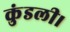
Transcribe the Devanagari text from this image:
कुंडली।